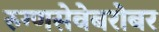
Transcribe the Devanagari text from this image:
रुग्णसेवेबरोबर